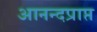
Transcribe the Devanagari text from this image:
आनन्दप्राप्त